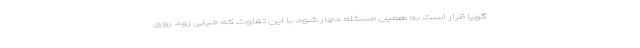
گویا قرار است به همین مسئله دچار شود با این تفاوت که خیلی زود روی